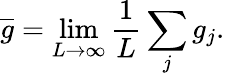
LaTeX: \overline{{g}}=\operatorname*{lim}_{L\rightarrow\infty}\frac{1}{L}\sum_{j}g_{j}.